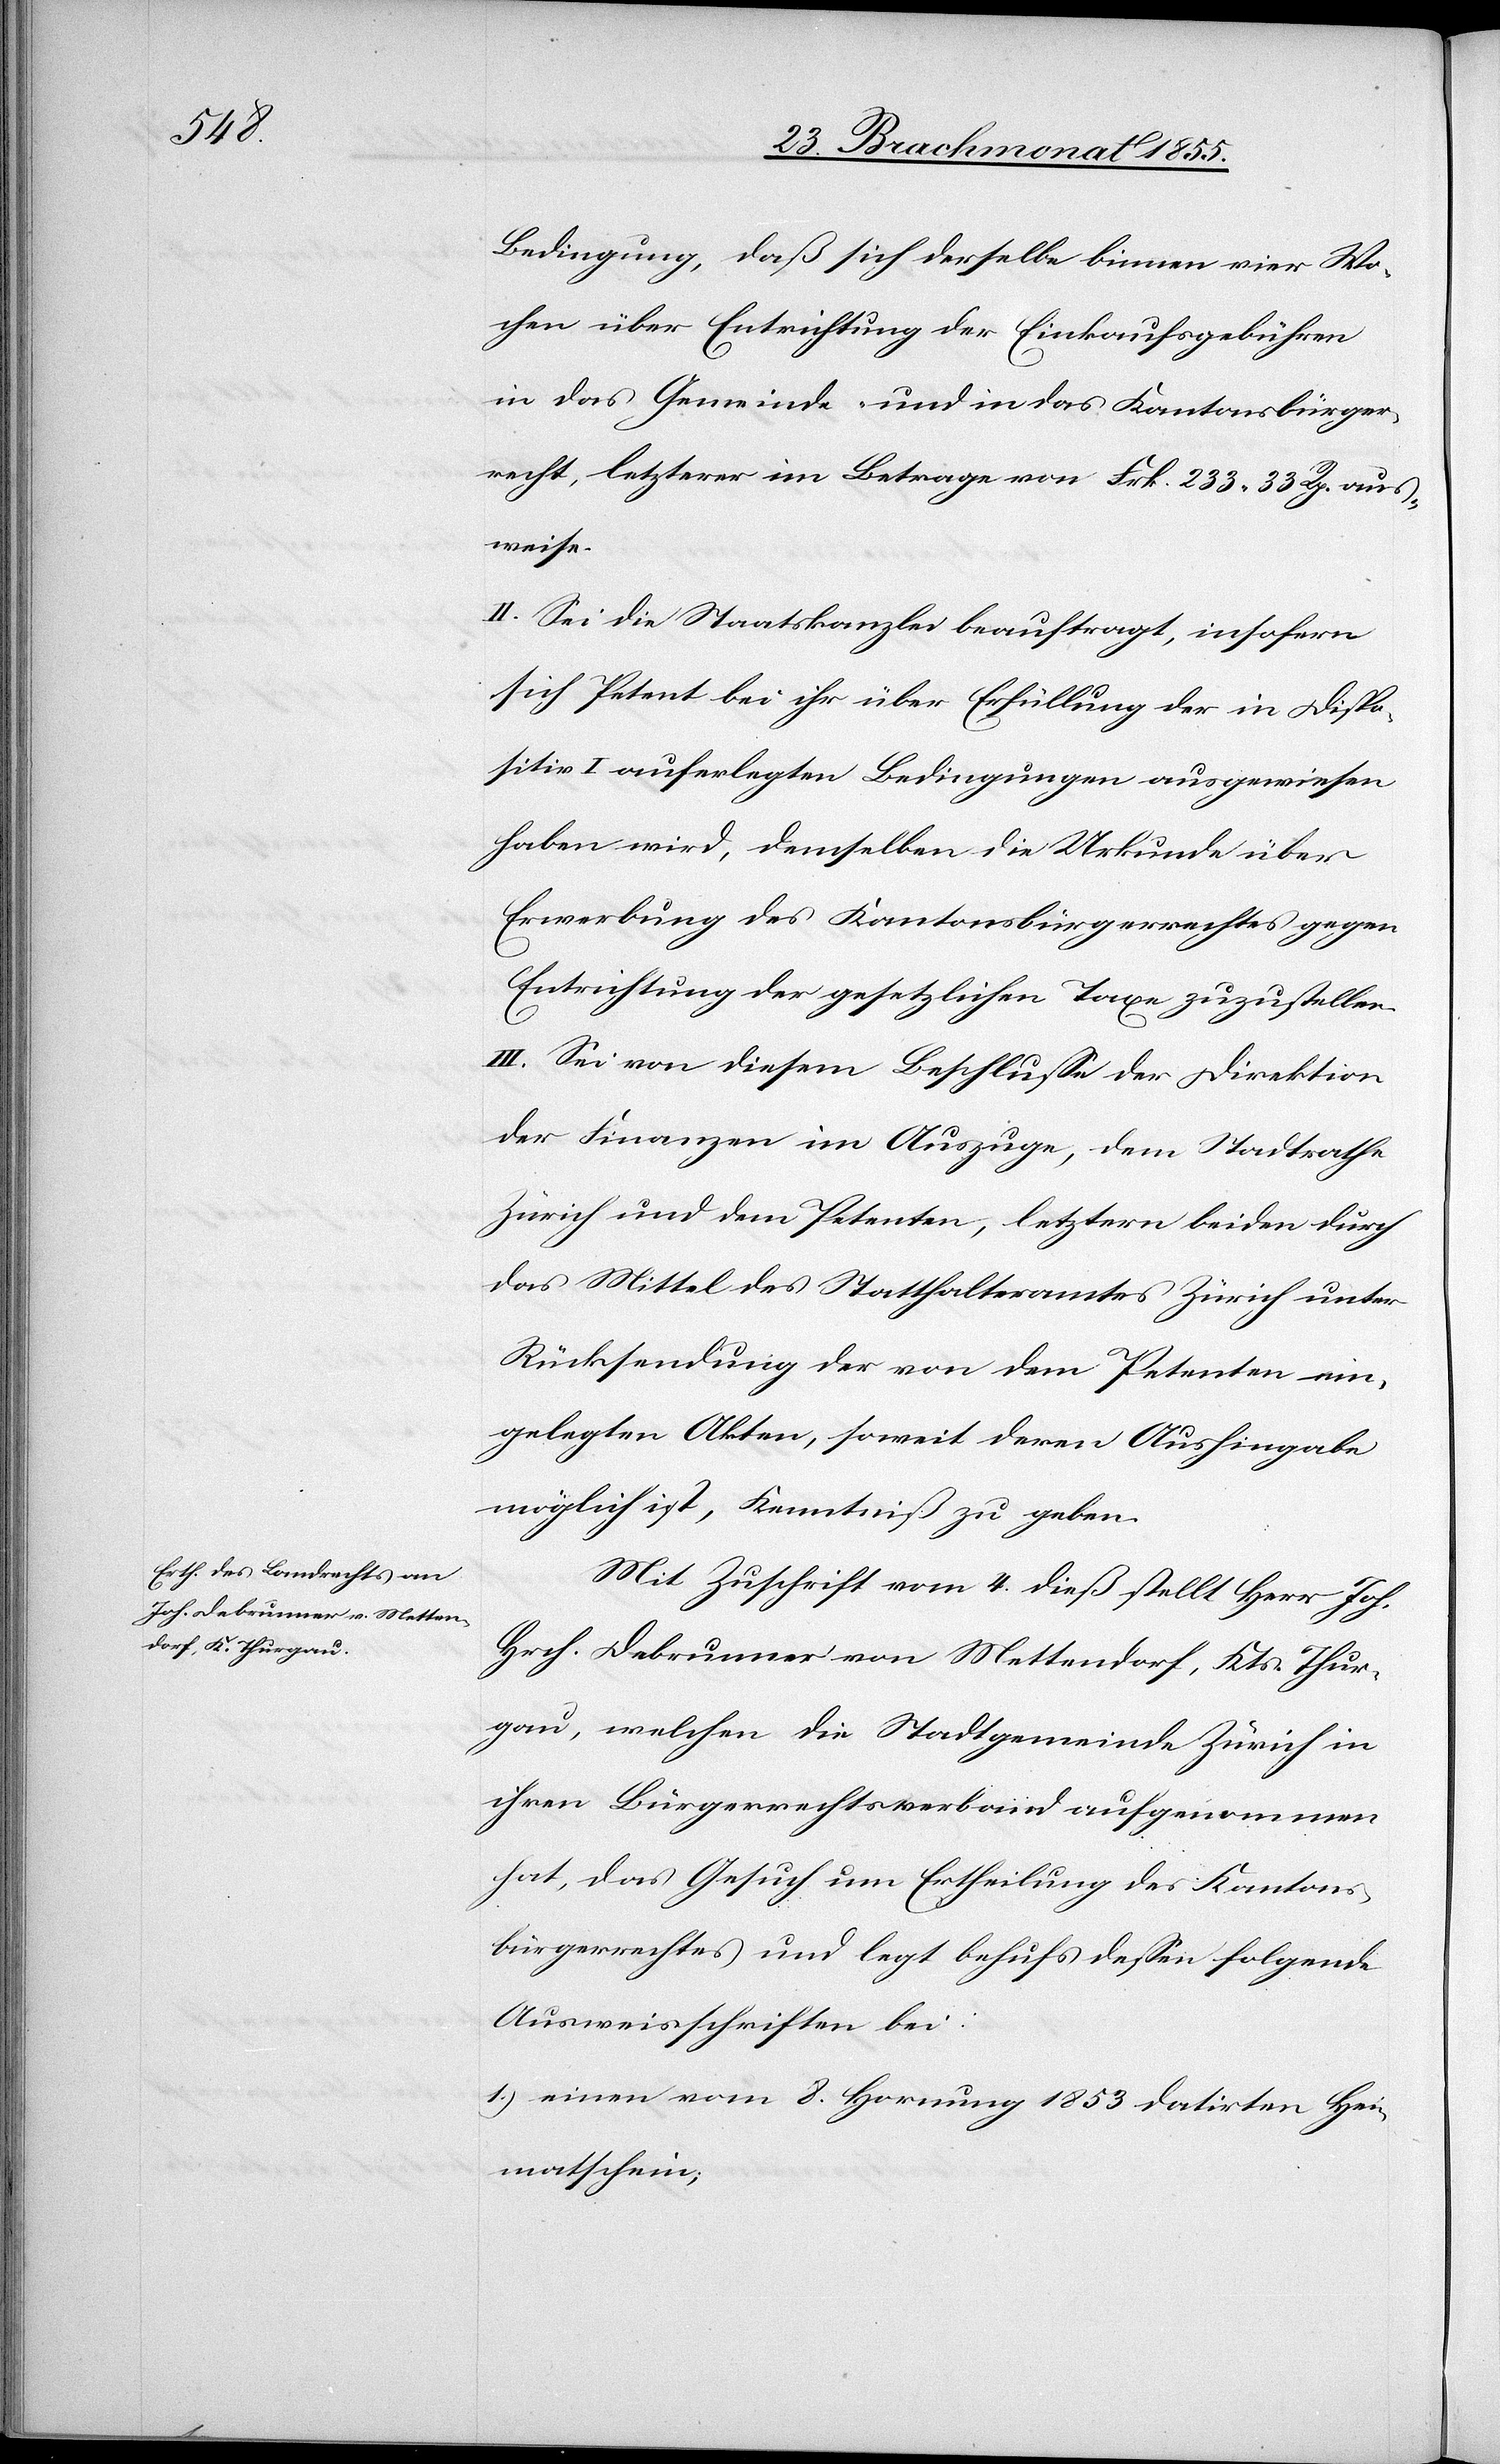
Bedingung, daß sich derselbe binnen vier Wo¬
chen über Entrichtung der Einkaufsgebühren
in das Gemeinde- und in das Kantonsbürger¬
recht, letzterer im Betrage von Frk. 233. 33 Rp. aus¬
weise.
II. Sei die Staatskanzlei beauftragt, insofern
sich Petent bei ihr über Erfüllung der in Dispo¬
sitiv I. auferlegten Bedingungen ausgewiesen
haben wird, demselben die Urkunde über
Erwerbung des Kantonsbürgerrechtes gegen
Entrichtung der gesetzlichen Taxe zuzustellen.
III. Sei von diesem Beschlusse der Direktion
der Finanzen im Auszuge, dem Stadtrathe
Zürich und dem Petenten, letztern beiden durch
das Mittel des Statthalteramtes Zürich unter
Rücksendung der von dem Petenten ein¬
gelegten Akten, soweit deren Aushingabe
möglich ist, Kenntniß zu geben.
Mit Zuschrift vom 4. dieß stellt Herr Joh.
Hrch. Debrunner von Mettendorf, Kts. Thur¬
gau, welchen die Stadtgemeinde Zürich in
ihren Bürgerrechtsverband aufgenommen
hat, das Gesuch um Ertheilung des Kantons¬
bürgerrechtes und legt behufs dessen folgende
Ausweisschriften bei:
einen vom 8. Hornung 1853 datirten Hei¬
matschein;